Plague in India, 1896, 1897 - Volume 1
Year: 1896
Disease focus: Plague
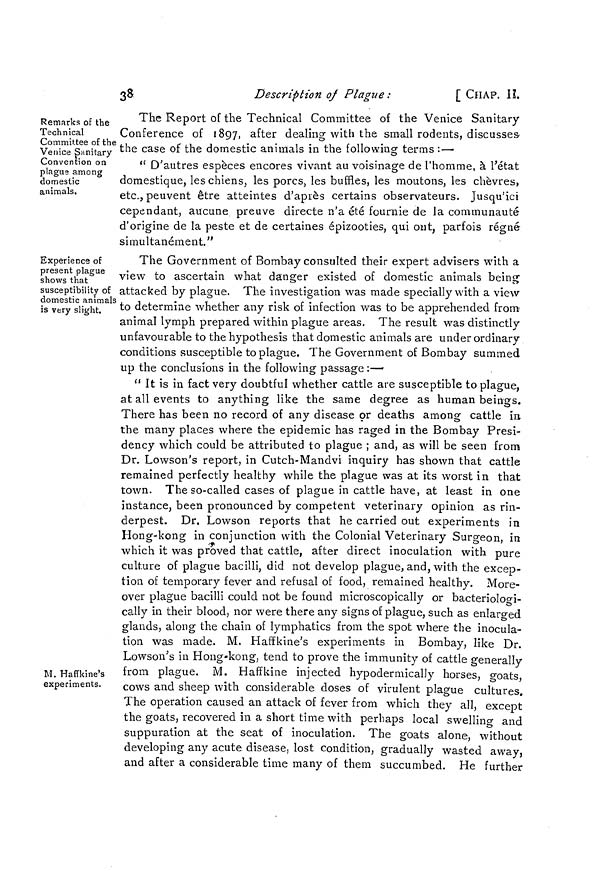
38
Description of Plague:
[ CHAP. 11.
Remarks of the
Technical
Committee of the
Venice Sanitary
Convention on
plague among
domestic
animals.
The Report of the Technical Committee of the Venice Sanitary
Conference of 1897, after dealing with the small rodents, discusses
the case of the domestic animals in the following terms :—
" D'autres espèces encores vivant au voisinage de l'homme, à l'état
domestique, les chiens, les porcs, les buffles, les moutons, les chèvres,
etc., peuvent être atteintes d'après certains observateurs. Jusqu'ici
cependant, aucune preuve directe n'a été fournie de la communauté
d'origine de la peste et de certaines epizootics, qui ont, parfois régné
simultanément."
Experience of
present plague
shows that
susceptibility of
domestic animals
is very slight.
M. Haffkine's
experiments.
The Government of Bombay consulted their expert advisers with a
view to ascertain what danger existed of domestic animals being
attacked by plague. The investigation was made specially with a view
to determine whether any risk of infection was to be apprehended from
animal lymph prepared within plague areas. The result was distinctly
unfavourable to the hypothesis that domestic animals are under ordinary
conditions susceptible to plague, The Government of Bombay summed
up the conclusions in the following passage :—
" It is in fact very doubtful whether cattle are susceptible to plague,
at all events to anything like the same degree as human beings.
There has been no record of any disease or deaths among cattle in
the many places where the epidemic has raged in the Bombay Presi-
dency which could be attributed to plague ; and, as will be seen from
Dr. Lowson's report, in Cutch-Mandvi inquiry has shown that cattle
remained perfectly healthy while the plague was at its worst in that
town. The so-called cases of plague in cattle have, at least in one
instance, been pronounced by competent veterinary opinion as rin-
derpest. Dr. Lowson reports that he carried out experiments in
Hong-kong in conjunction with the Colonial Veterinary Surgeon, in
which it was proved that cattle, after direct inoculation with pure
culture of plague bacilli, did not develop plague, and, with the excep-
tion of temporary fever and refusal of food, remained healthy. More-
over plague bacilli could not be found microscopically or bacteriologi-
cally in their blood, nor were there any signs of plague, such as enlarged
glands, along the chain of lymphatics from the spot where the inocula-
tion was made. M. Haffkine's experiments in Bombay, like Dr.
Lowson's in Hong-kong, tend to prove the immunity of cattle generally
from plague. M. Haffkine injected hypodermically horses, goats,
cows and sheep with considerable doses of virulent plague cultures.
The operation caused an attack of fever from which they all, except
the goats, recovered in a short time with perhaps local swelling and
suppuration at the seat of inoculation. The goats alone, without
developing any acute disease, lost condition, gradually wasted away,
and after a considerable time many of them succumbed. He further